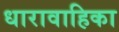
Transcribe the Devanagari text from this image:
धारावाहिका